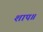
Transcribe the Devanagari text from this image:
शाप॥